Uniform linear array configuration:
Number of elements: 24
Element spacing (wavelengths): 0.25
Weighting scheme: exponential
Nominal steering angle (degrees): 0
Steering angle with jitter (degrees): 0.8752
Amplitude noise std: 0.05
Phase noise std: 0.05

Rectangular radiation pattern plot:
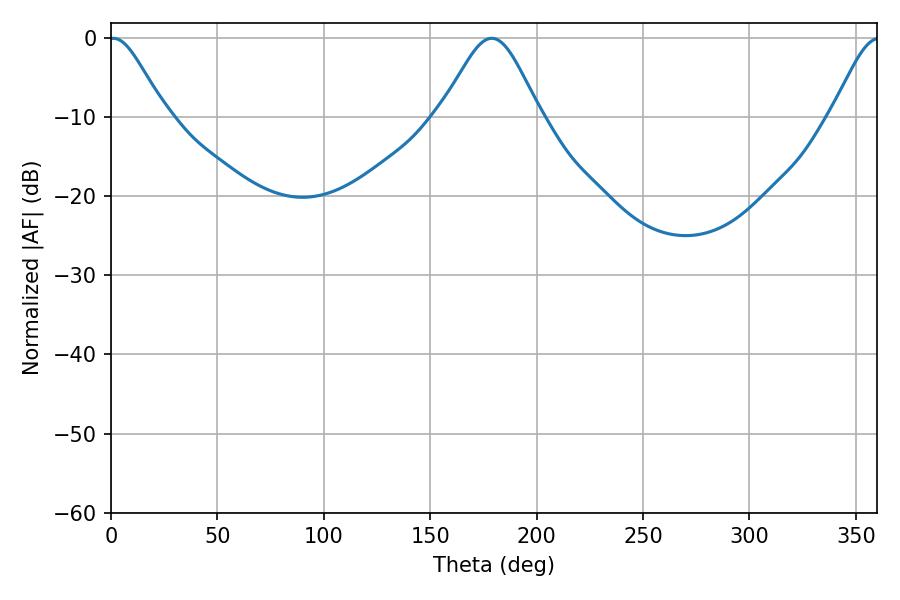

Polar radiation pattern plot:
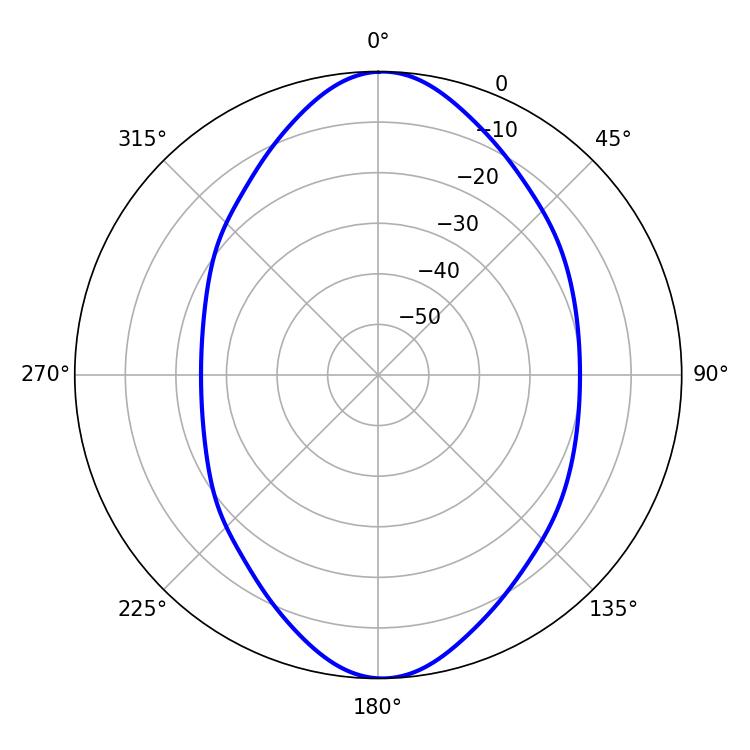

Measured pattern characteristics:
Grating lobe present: FALSE
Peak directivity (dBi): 16.185
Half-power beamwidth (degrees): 12.78
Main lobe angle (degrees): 1.08